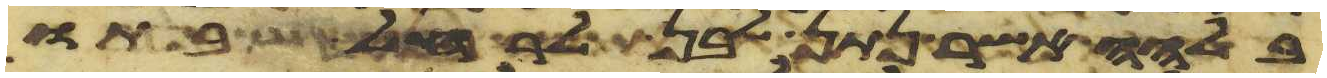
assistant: בלהה אשר נתן לבן לרחל בתו